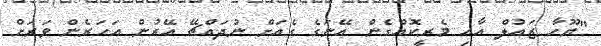
"ޔޫހާ ޒައުލް އާއި މެރީކޮއްގެން އޭނަގެ ގެއަށް ނުދައްޗޭ އޭރުން އަހަރެން ވަރަށް